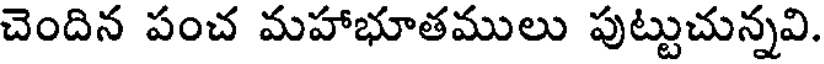
చెందిన పంచ మహాభూతములు పుట్టుచున్నవి.